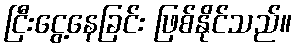
ငြီးငွေ့နေခြင်း ဖြစ်နိုင်သည်။